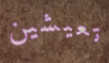
تعيشين